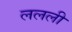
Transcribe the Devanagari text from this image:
ललली